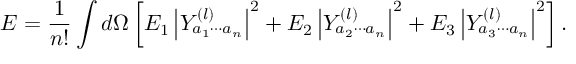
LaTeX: E = { \frac { 1 } { n ! } } \int d \Omega \left[ E _ { 1 } \left| Y _ { a _ { 1 } \cdots a _ { n } } ^ { ( l ) } \right| ^ { 2 } + E _ { 2 } \left| Y _ { a _ { 2 } \cdots a _ { n } } ^ { ( l ) } \right| ^ { 2 } + E _ { 3 } \left| Y _ { a _ { 3 } \cdots a _ { n } } ^ { ( l ) } \right| ^ { 2 } \right] .